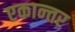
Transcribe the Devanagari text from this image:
एकान्‍तर